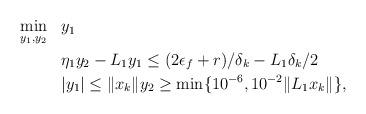
LaTeX: \begin{align*} \begin{aligned} &\min_{y_1,y_2} &&y_1 \;\; &&\\ & &&\eta_1y_2 - L_1 y_1 \le (2\epsilon_f + r)/\delta_k - L_1\delta_k/2 \;\; && \\ &~ &&|y_1| \le \|x_k\| y_2 \ge \min\{10^{-6}, 10^{-2}\|L_1x_k\|\}, &&\end{aligned} \end{align*}